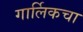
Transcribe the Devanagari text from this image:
गार्लिकचा